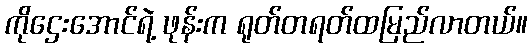
ကိုဌေးအောင်ရဲ့ ဖုန်းက ရုတ်တရတ်ထမြည်လာတယ်။